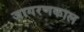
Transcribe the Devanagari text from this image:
जागरणकाल